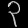
Digit: ၃